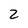
Character: 2